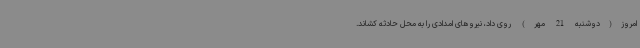
امروز(دوشنبه 21 مهر) روی داد، نیروهای امدادی را به محل حادثه کشاند.